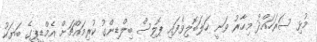
މުޅި ސަރަހައްދު މިހާރު ވަނީ ހަލަބޮލިވެފައި ޕޮލިސް ބިލްޑިންގު ކުރިމައްޗަށް އެމްޑީޕީގެ ބަޔަކު